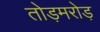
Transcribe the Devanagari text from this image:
तोड़मरोड़